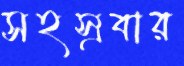
সহস্রবার